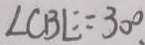
\angle C B E = 3 0 ^ { \circ } .